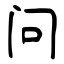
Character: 问